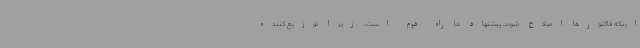
اینکه فاکتورها اصلاح شوند. پیشنهاد ما راه دوم است، زیرا توزیع کننده